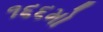
૧૬૬મો